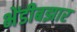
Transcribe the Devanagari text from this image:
भेंडीबझार